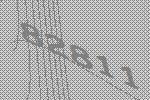
82811